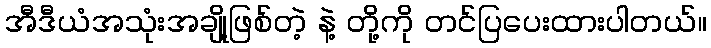
အီဒီယံအသုံးအချို့ဖြစ်တဲ့ နဲ့ တို့ကို တင်ပြပေးထားပါတယ်။